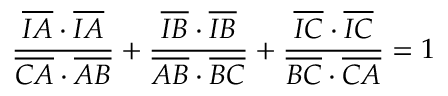
{ \frac { { \overline { { I A } } } \cdot { \overline { { I A } } } } { { \overline { { C A } } } \cdot { \overline { { A B } } } } } + { \frac { { \overline { { I B } } } \cdot { \overline { { I B } } } } { { \overline { { A B } } } \cdot { \overline { { B C } } } } } + { \frac { { \overline { { I C } } } \cdot { \overline { { I C } } } } { { \overline { { B C } } } \cdot { \overline { { C A } } } } } = 1